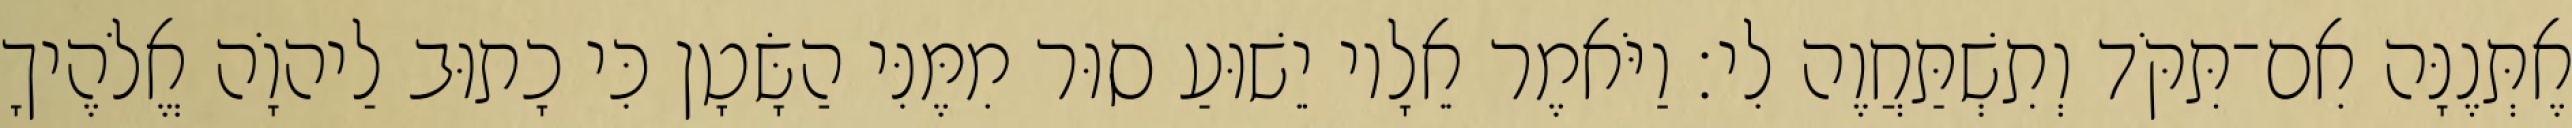
אֶתְּנֶנָּה אִם־תִּקֹּד וְתִשְׁתַּחֲוֶה לִי׃ וַיֹּאמֶר אֵלָיו יֵשׁוּעַ סוּר מִמֶּנִּי הַשָּׂטָן כִּי כָתוּב לַיהוָֹה אֱלֹהֶיךָ